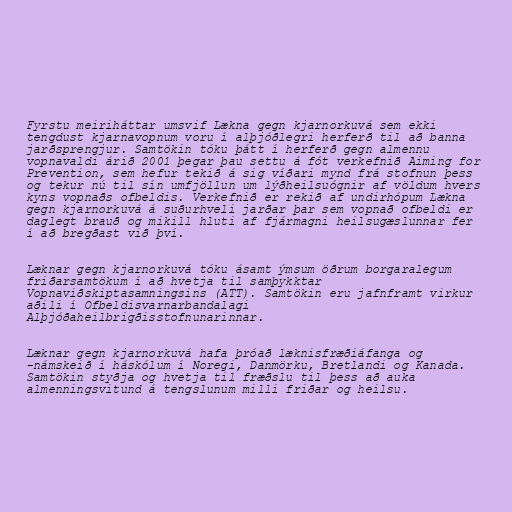
Fyrstu meiriháttar umsvif Lækna gegn kjarnorkuvá sem ekki
tengdust kjarnavopnum voru í alþjóðlegri herferð til að banna
jarðsprengjur. Samtökin tóku þátt í herferð gegn almennu
vopnavaldi árið 2001 þegar þau settu á fót verkefnið Aiming for
Prevention, sem hefur tekið á sig víðari mynd frá stofnun þess
og tekur nú til sín umfjöllun um lýðheilsuógnir af völdum hvers
kyns vopnaðs ofbeldis. Verkefnið er rekið af undirhópum Lækna
gegn kjarnorkuvá á suðurhveli jarðar þar sem vopnað ofbeldi er
daglegt brauð og mikill hluti af fjármagni heilsugæslunnar fer
í að bregðast við því.

Læknar gegn kjarnorkuvá tóku ásamt ýmsum öðrum borgaralegum
friðarsamtökum í að hvetja til samþykktar
Vopnaviðskiptasamningsins (ATT). Samtökin eru jafnframt virkur
aðili í Ofbeldisvarnarbandalagi
Alþjóðaheilbrigðisstofnunarinnar.

Læknar gegn kjarnorkuvá hafa þróað læknisfræðiáfanga og
-námskeið í háskólum í Noregi, Danmörku, Bretlandi og Kanada.
Samtökin styðja og hvetja til fræðslu til þess að auka
almenningsvitund á tengslunum milli friðar og heilsu.